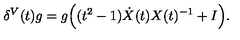
\delta ^ { V } ( t ) g = g \Big ( ( t ^ { 2 } - 1 ) \dot { X } ( t ) X ( t ) ^ { - 1 } + I \Big ) .